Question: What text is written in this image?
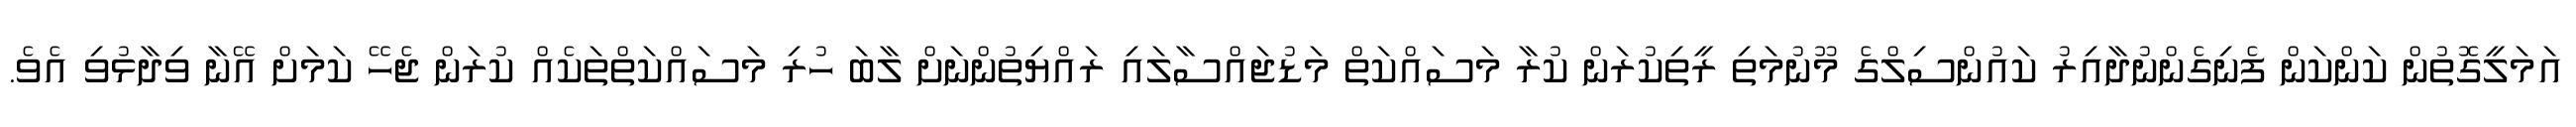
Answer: އަމަލީގޮތުން ކަންކަން ފެނިގެންނުދާއިރު ކައުންސިލްގެ މޫނުމަތި ރީތިކުރަން ކުރާ މަސައްކަތް މަޑުޖައްސާލައި ރައްޔިތުންނަށް ލާބަ ހުރި މަސައްކަތްތަކެއް ކުރަން ޖެހޭ ކަމަށް އޭނާ ވިދާޅުވި އެވެ.